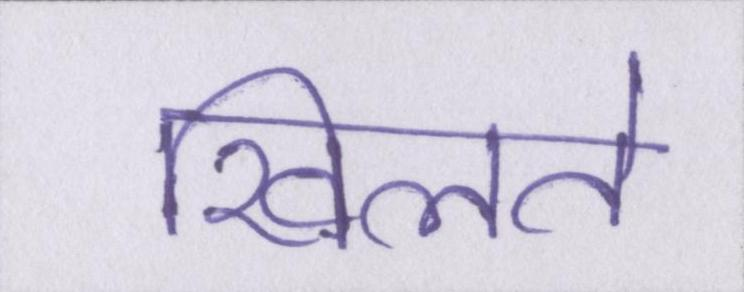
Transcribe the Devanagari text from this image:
खिलते